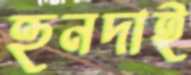
হুনদাই